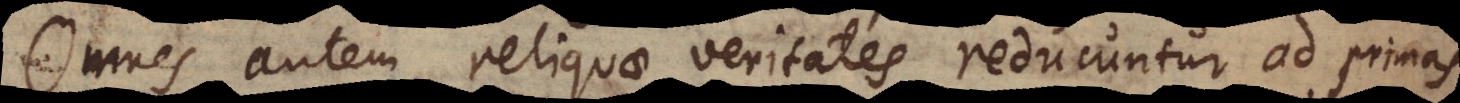
Omnes autem reliquae veritates reducuntur ad primas